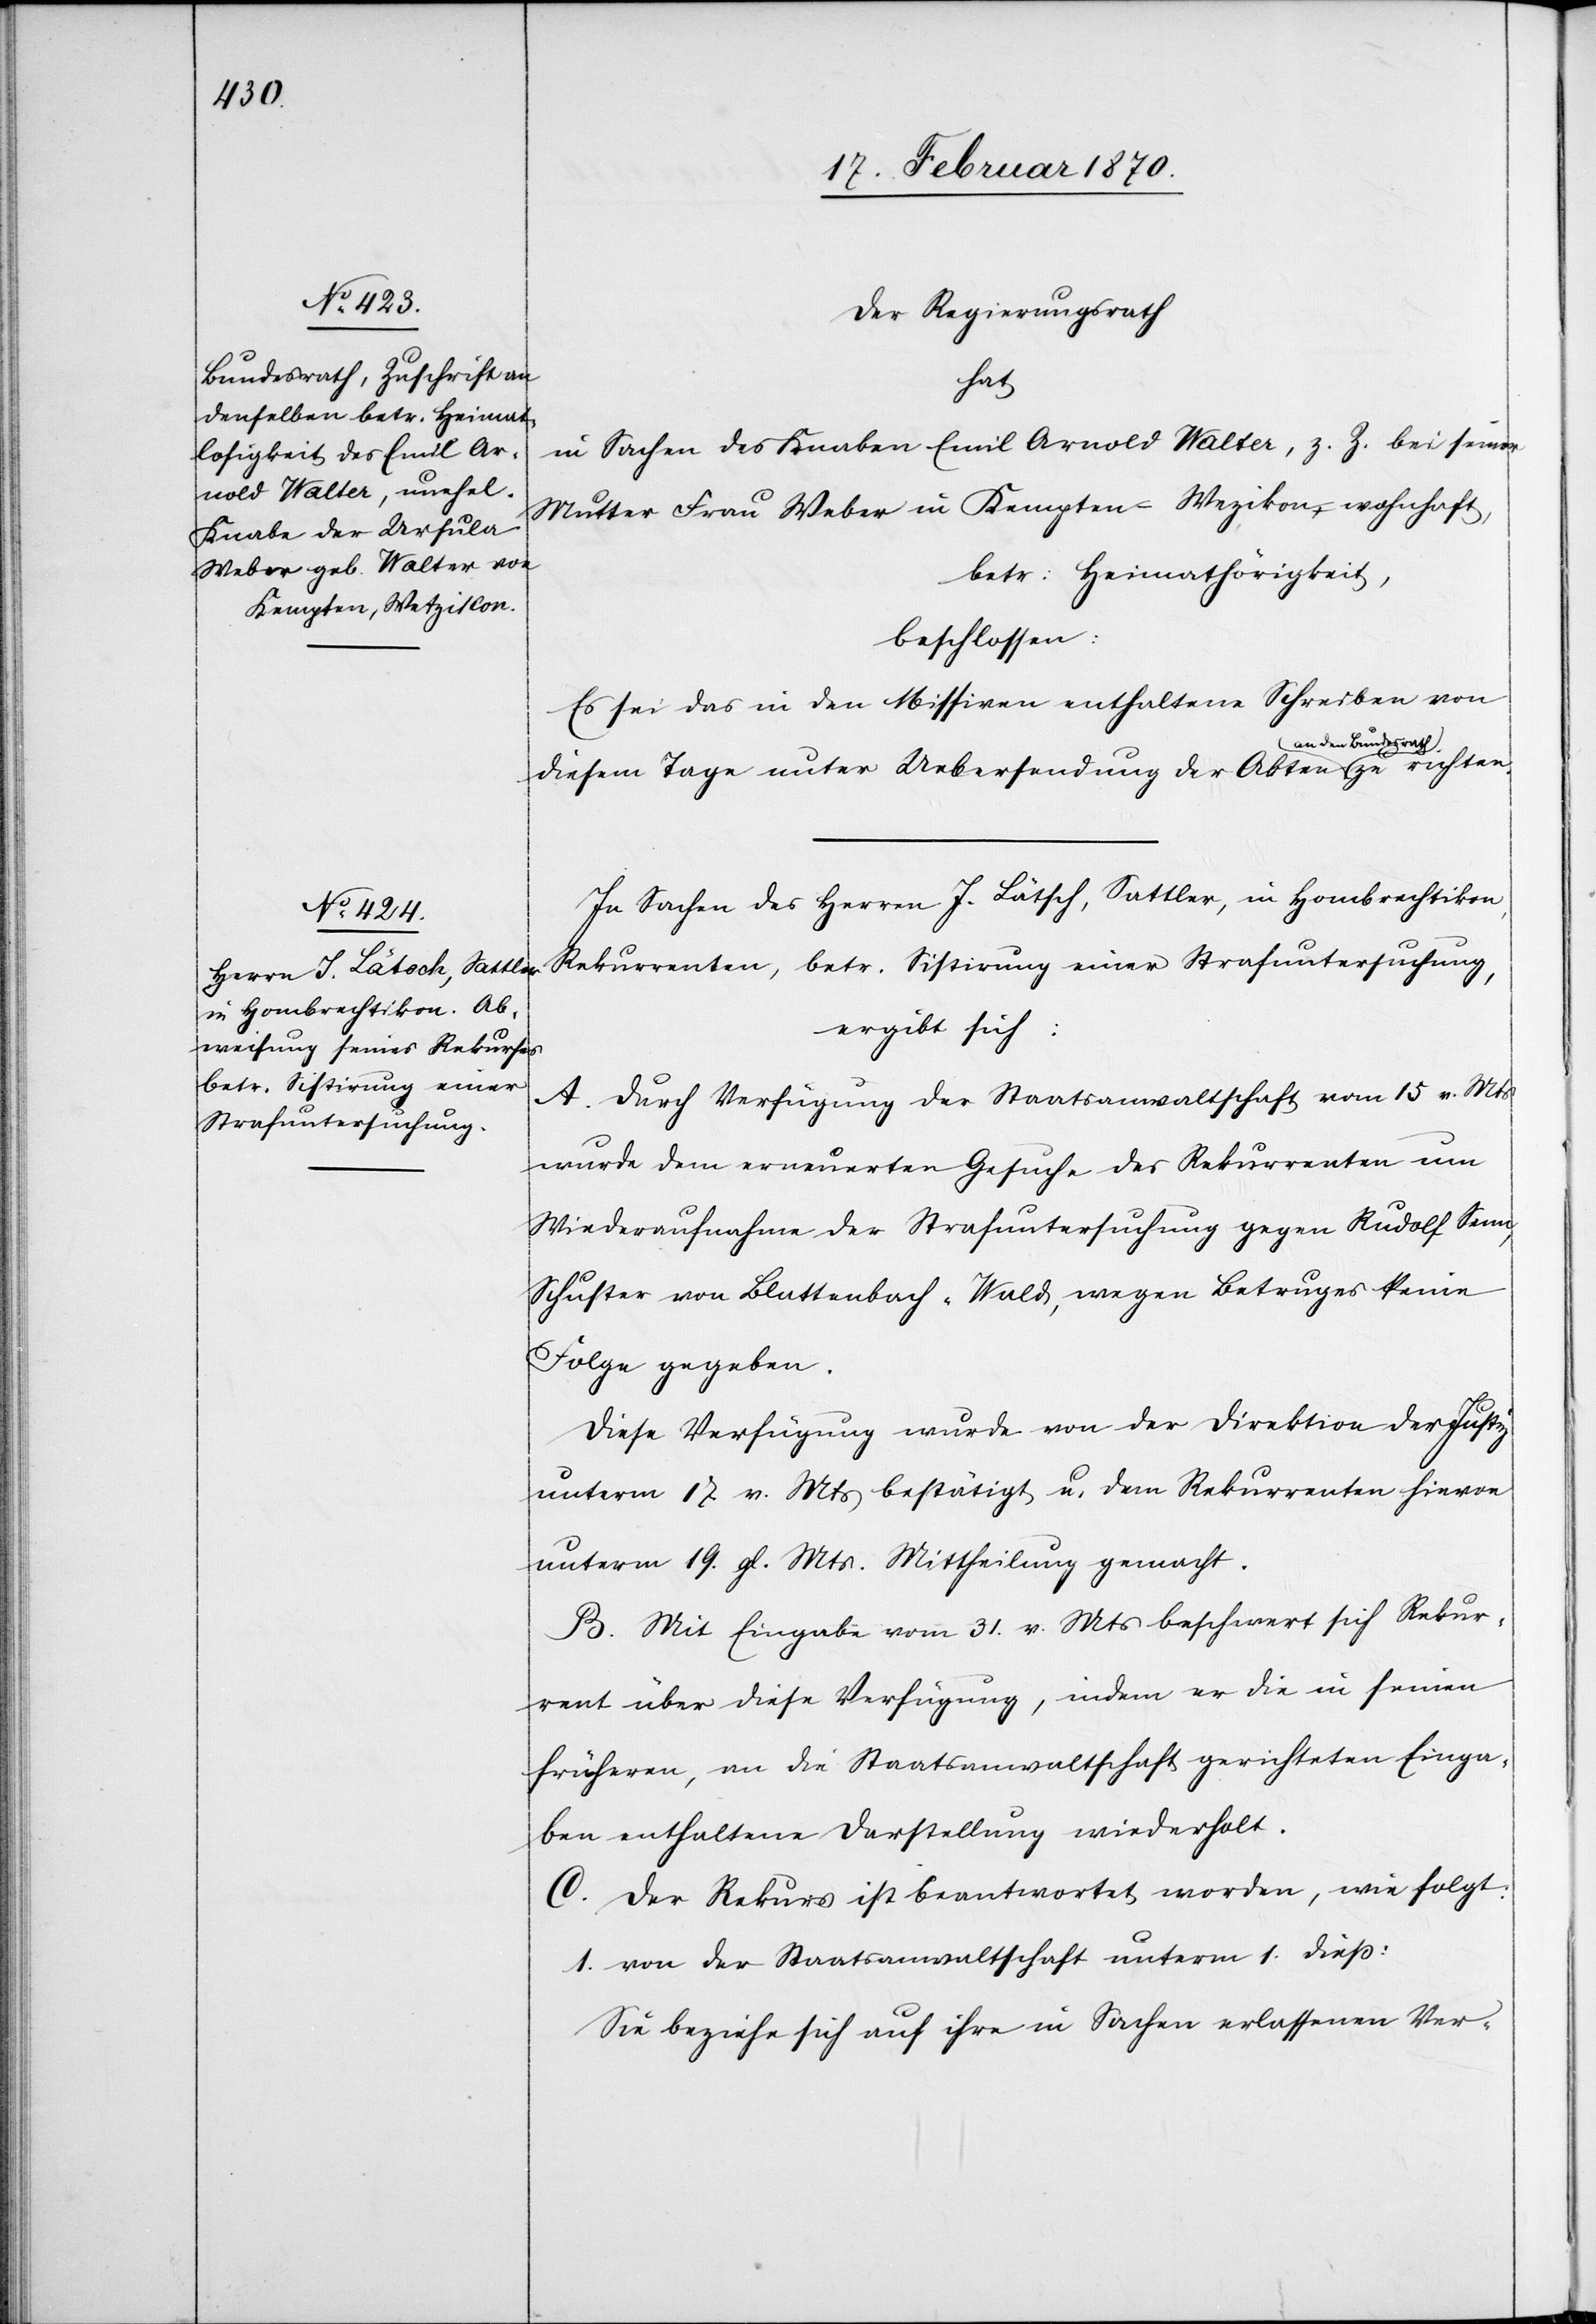
Der Regierungsrath
hat
in Sachen des Knaben Emil Arnold Walter, z. Z. bei seiner
Mutter Frau Weber in Kempten-Wezikon wohnhaft,
betr: Heimathörigkeit,
beschlossen:
Es sei das in den Missiven enthaltene Schreiben von
diesem Tage unter Uebersendung der Akten an den
In Sachen des Herrn J. Lätsch, Sattler, in Hombrechtikon,
Rekurrenten, betr. Sistirung einer Strafuntersuchung,
ergibt sich:
A. Durch Verfügung der Staatsanwaltschaft vom 15 v. Mts
wurde dem erneuerten Gesuche des Rekurrenten um
Wiederaufnahme der Strafuntersuchung gegen Rudolf Senn,
Schuster von Blattenbach-Wald, wegen Betruges keine
Folge gegeben.
Diese Verfügung wurde von der Direktion der Justiz
unterm 17. v. Mts bestätigt u. dem Rekurrenten hievon
unterm 19. gl. Mts. Mittheilung gemacht.
B. Mit Eingabe vom 31. v. Mts beschwert sich Rekur¬
rent über diese Verfügung, indem er die in seinen
früheren, an die Staatsanwaltschaft gerichteten Einga¬
ben enthaltene Darstellung wiederholt.
C. Der Rekurs ist beantwortet worden, wie folgt:
1. von der Staatsanwaltschaft unterm 1. diess:
Sie beziehe sich auf ihre in Sachen erlassenen Ver-